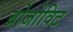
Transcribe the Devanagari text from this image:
ब्रोजोविट